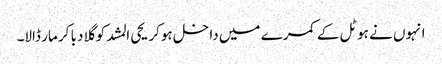
انہوں نے ہوٹل کے کمرے میں داخل ہوکر یحی المشد کو گلا دبا کر مار ڈالا۔